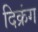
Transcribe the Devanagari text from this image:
दिक्रंग